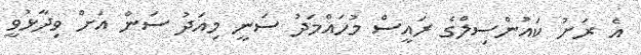
އެ ރަށު ކައުންސިލްގެ ރައީސް މުހައްމަދު ސަނީ މިއަދު ސަން އަށް ވިދާޅުވީ